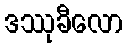
ဒဿုခီလော